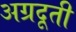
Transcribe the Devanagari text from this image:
अग्रदूती